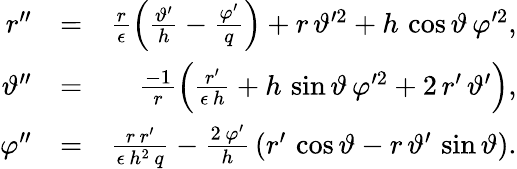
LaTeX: \begin{array}{rlr}{r^{\prime\prime}}&{=}&{\frac{r}{\epsilon}\left(\frac{\vartheta^{\prime}}{h}-\frac{\varphi^{\prime}}{q}\right)+r\, \vartheta^{\prime 2}+h\, \cos\vartheta\, \varphi^{\prime 2},}\\ {\vartheta^{\prime\prime}}&{=}&{\frac{-1}{r}\left(\frac{r^{\prime}}{\epsilon\, h}+h\, \sin\vartheta\, \varphi^{\prime 2}+2\, r^{\prime}\, \vartheta^{\prime}\right),}\\ {\varphi^{\prime\prime}}&{=}&{\frac{r\, r^{\prime}}{\epsilon\, h^{2}\, q}-\frac{2\, \varphi^{\prime}}{h}\, \left(r^{\prime}\, \cos\vartheta-r\, \vartheta^{\prime}\, \sin\vartheta\right).}\end{array}